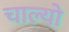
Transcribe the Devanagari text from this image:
चाल्‍यो